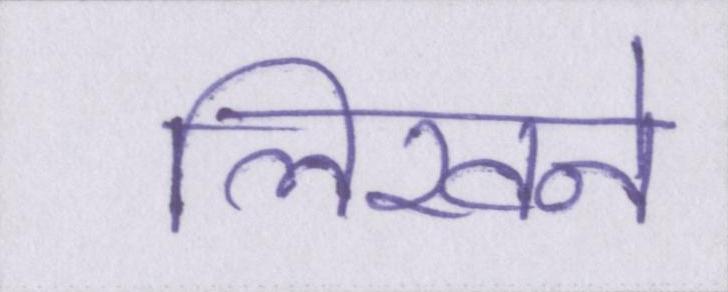
लिखने